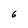
Character: 6